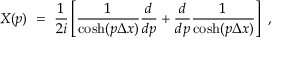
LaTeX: X ( p ) \ = \ { \frac { 1 } { 2 i } } \left[ { \frac { 1 } { \cosh ( p \Delta x ) } } { \frac { d } { d p } } + { \frac { d } { d p } } { \frac { 1 } { \cosh ( p \Delta x ) } } \right] \ ,